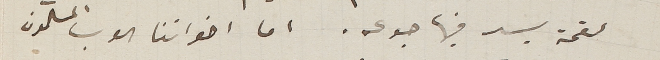
لقمة يسد فيها جوعه. اما اخواننا العرب المسلمون